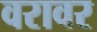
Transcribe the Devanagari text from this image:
वरावर